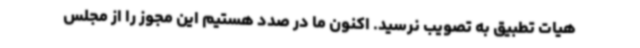
هیات تطبیق به تصویب نرسید. اکنون ما در صدد هستیم این مجوز را از مجلس